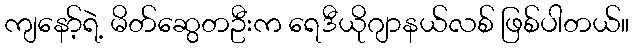
ကျနော့်ရဲ့ မိတ်ဆွေတဦးက ရေဒီယိုဂျာနယ်လစ် ဖြစ်ပါတယ်။